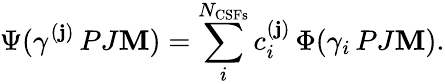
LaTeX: \Psi(\gamma^{(\mathbf{j})}\, PJ\mathbf{M})=\sum_{i}^{{N_{\mathrm{{CSFs}}}}}c_{i}^{(\mathbf{j})}\, \Phi(\gamma_{i}\, PJ\mathbf{M}).